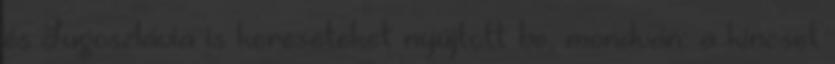
és Jugoszlávia is kereseteket nyújtott be, mondván: a kincset